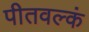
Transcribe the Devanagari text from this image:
पीतवल्कं